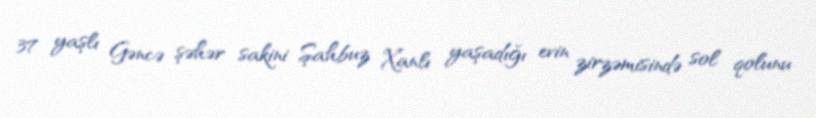
37 yaşlı Gəncə şəhər sakini Şahbuz Xanlı yaşadığı evin zirzəmisində sol qolunu